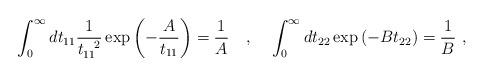
LaTeX: \begin{align*}\int_0^{\infty} dt_{11} \frac{1}{t_{11}^{~~2}} \exp \left( - \frac{A}{t_{11}} \right) = \frac{1}{A} ~~~ , ~~~ \int_0^{\infty} dt_{22} \exp \left( - B t_{22} \right) = \frac{1}{B} ~ ,\end{align*}